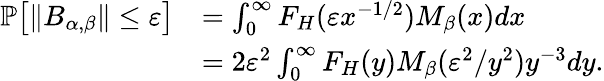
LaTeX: \begin{array}{rl}{\mathbb{P}\big[\| B_{\alpha,\beta}\| \leq\varepsilon\big]}&{=\int_{0}^{\infty}F_{H}(\varepsilon x^{-1/2})M_{\beta}(x)dx}\\ &{=2\varepsilon^{2}\int_{0}^{\infty}F_{H}(y)M_{\beta}(\varepsilon^{2}/y^{2})y^{-3}dy.}\end{array}